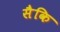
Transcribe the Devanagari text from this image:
सैकि